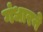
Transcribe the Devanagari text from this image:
गंधारने